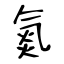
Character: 氮